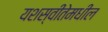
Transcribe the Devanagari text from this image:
यशस्वीतेमधील